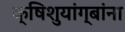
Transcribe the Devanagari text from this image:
क्षिशुयांग्बांना